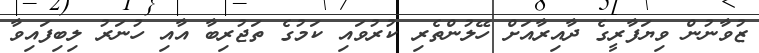
ޒުވާނުން ވިޔަފާރީގެ ދާއިރާއަށް ހޭލުންތެރި ކުރުވައި ކަމުގެ ތަޖުރިބާ އާއި ހުނަރު ލިބިފައިވާ